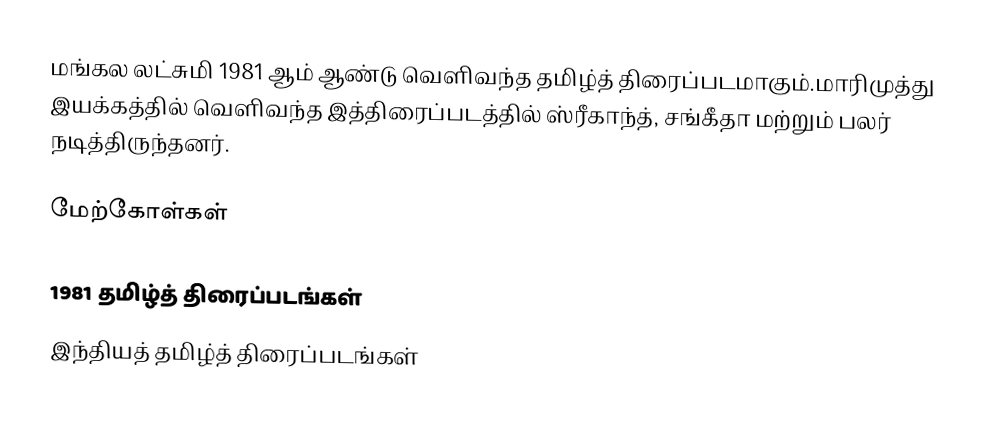
மங்கல லட்சுமி 1981 ஆம் ஆண்டு வெளிவந்த தமிழ்த் திரைப்படமாகும்.மாரிமுத்து இயக்கத்தில் வெளிவந்த இத்திரைப்படத்தில் ஸ்ரீகாந்த், சங்கீதா மற்றும் பலர் நடித்திருந்தனர்.

மேற்கோள்கள்

1981 தமிழ்த் திரைப்படங்கள்
இந்தியத் தமிழ்த் திரைப்படங்கள்